Leprosy in India: report of the Leprosy Commission in India, 1890-91
Year: 1890
Disease focus: Leprosy
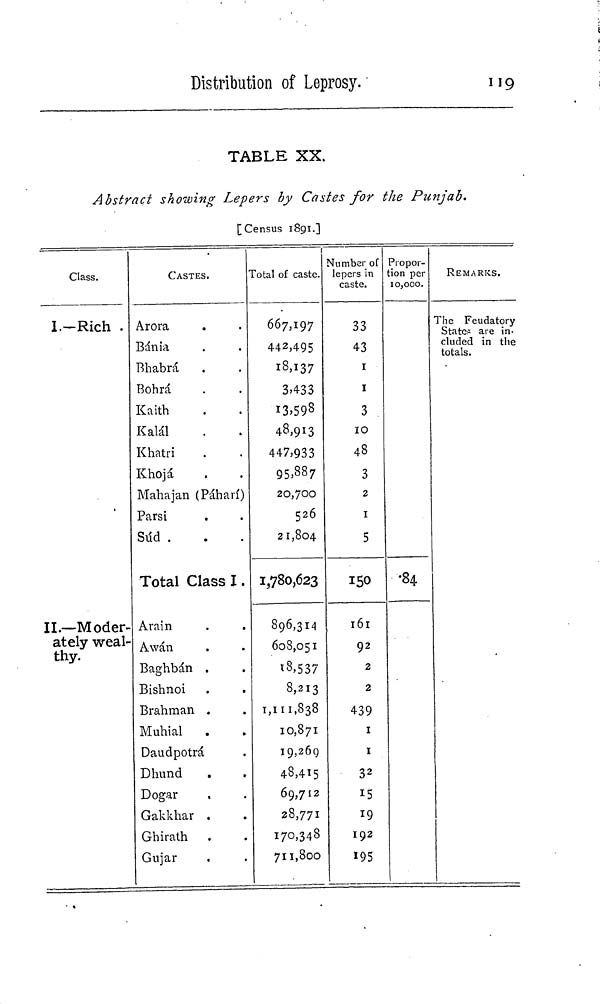
Distribution of Leprosy.
119
TABLE XX.
Abstract showing Lepers by Castes for the Punjab.
[Census 1891.]
Class.
I.-Rich .
II.—Moder-
ately weal-
thy.
CASTES.
Arora
Bánia
Bhabrá
Bohrá
Kaith
Kalál
Khatri
Khojá
Mahajan (Páhari)
Parsi
Súd .
Total Class I.
Arain
A wán
Baghbán .
Bishnoi
Brahman .
Muhial
Daudpotrá
Dhund
Dogar
,
Gakkhar .
Ghirath .
Gujar
Total of caste.
667,197
442,495
18,137
3,433
13,593
48,913
447,933
95,887
20,700
526
21,804
1,780,623
896,314
608,051
18,537
8,213
1,111,838
10,871
19,269
48,415
69,712
28,771
170,348
711,800
Number of
lepers in
caste.
33
43
1
1
3
10
48
3
2
1
5
150
161
92
2
2
439
1
1
3 2
15
19
192
195
Propor-
tion per
10,000.
•84
REMARKS.
The Feudatory
States are in-
cluded in the
totals.